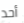
أحد